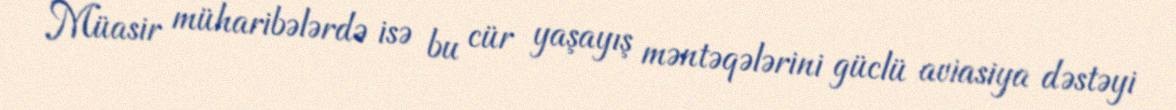
Müasir müharibələrdə isə bu cür yaşayış məntəqələrini güclü aviasiya dəstəyi